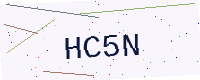
Text: HC5N